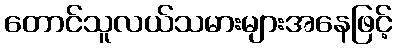
တောင်သူလယ်သမားများအနေဖြင့်